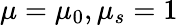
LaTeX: \mu=\mu_{0},\mu_{s}=1